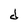
Character: d